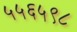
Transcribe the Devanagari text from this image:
५५६५९८